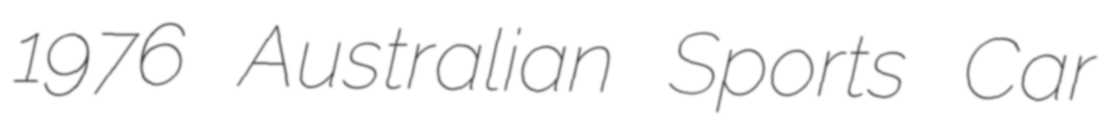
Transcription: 1976 Australian Sports Car